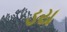
ડય